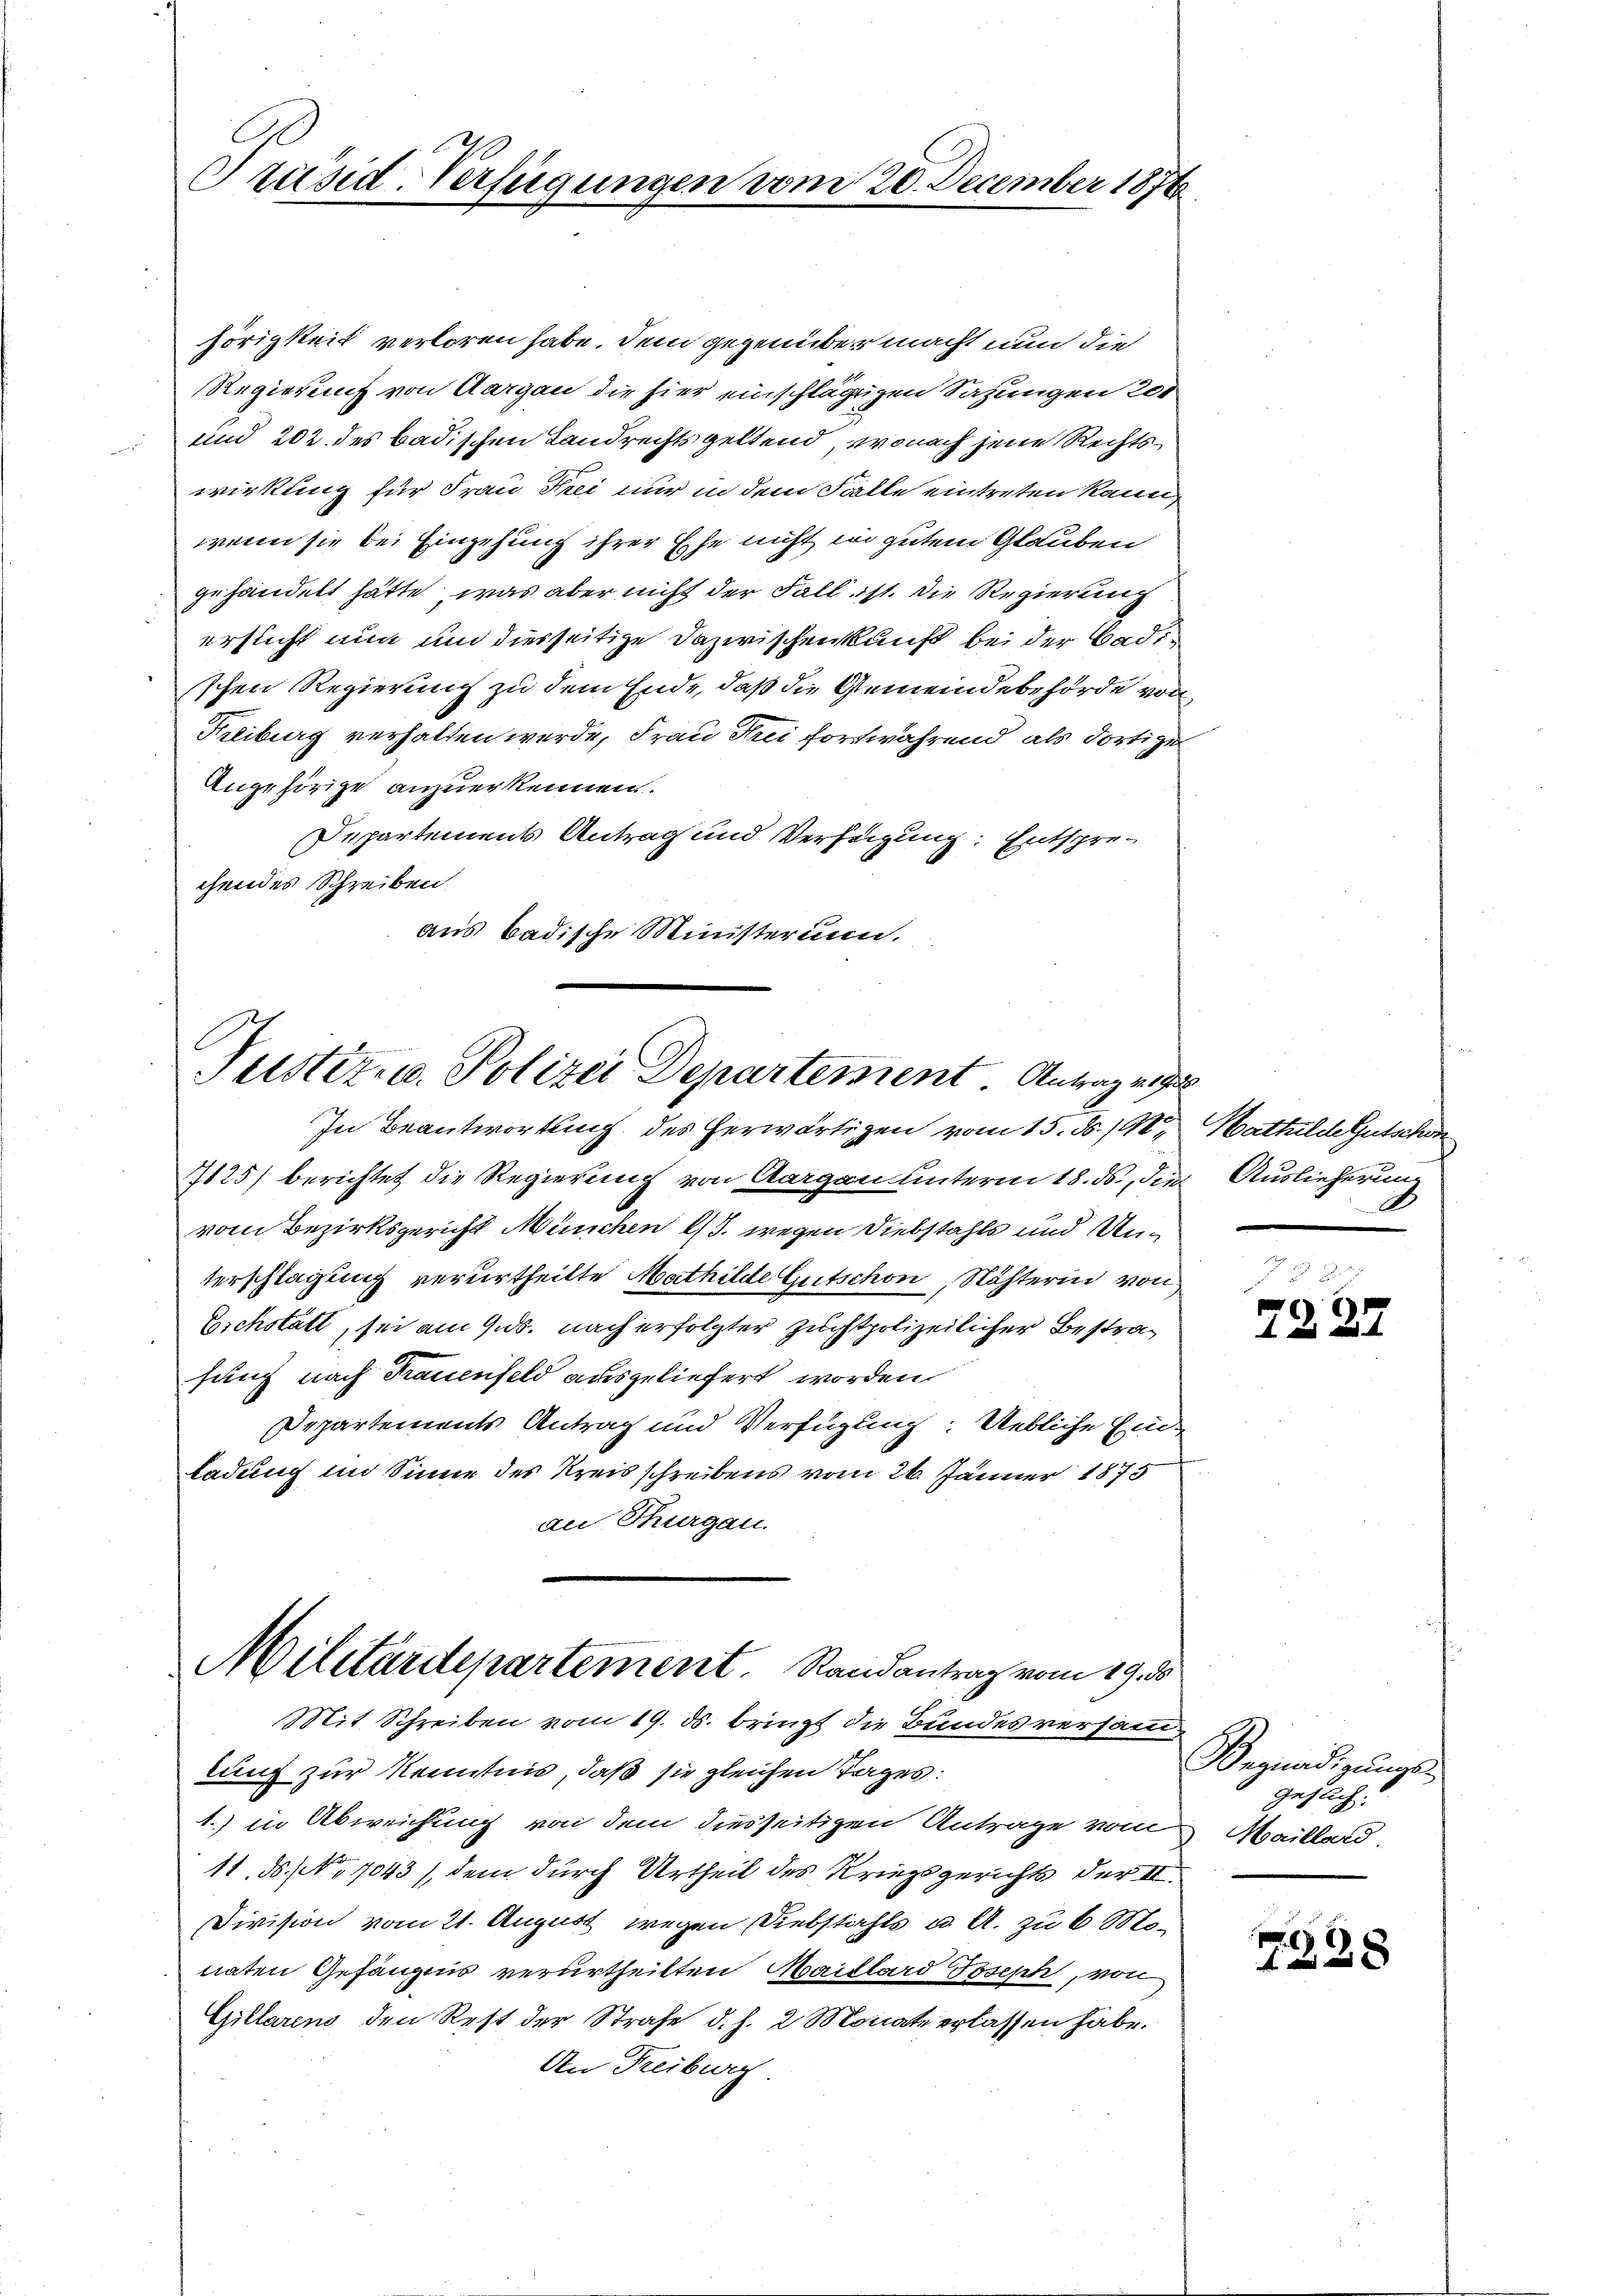
Präsid-Verfügungen von

hörigkeit verloren habe. Dem gegenüber macht nun die
Regierung von Aargau die hier einschlägigen Sahungen 200
und 202 des badischen Landrechts geltend, wonach jene Rechtswirkung für Frau Frei nur in dem Falle eintreten kann,
wenn sie bei Eingehung ihrer Ehe nicht in gutem Glauben
gehandelt hatte, was aber nicht der Fall ist. Die Regierung
ersicht nun und diesseitige Dazwischenkunft bei der Bade
schen Regierung zu dem Ende, daß die Gemeindebehörde von
1
Freiburg verhalten werde, Frau Frei fortwährend als dortige
Angehörige anzuerkennen.
Departements Antrag und Verzeigung. Entsprechendes Schreiben
aus badische Ministerium.

20. December 1872

Justiz- u. Polizei Departement Antrag ei

In Beantwortung des herwärtigen vom 15. ds. / M. Mathilde Gutschon
7125) berichtet die Regierung von Aargau unterm 18. ds., die Auslieferung
vom Bezirksgericht München l. wegen Diebstahls und Unterschlagung verurtheilte Mathilde Gutschon, Nächterin von
Eichstätt, sei am 9. ds. nach erfolgter Zuchtpolizeilicher Bestrafung nach Frauenfeld ausgeliefert worden.
Departements Antrag und Verfügung: Uebliche Einladung im Sinne des Kreisschreibens vom 26. Jänner 1875
an Thurgau.
Militärdepartement. Randantrag vom 19. d.
Mit Schreiben vom 19. ds. bringt die Bundesversammlung zur Kenntnis, daß sie gleichen Tages:
1.) in Abweichung von dem diesseitigen Antrage vom
11. ds. No 7043), dem durch Urtheil des Kriegsgerichts der 4.
Division vom 21. August wegen Diebstahls u. A. zu 6 Monaten Gefängnis verurtheilten Maillard Joseph, von
Gillarens den Rest der Strafe d. h. 2 Monate erlassen habe.
An Freiburg

d.

7221

Begnadigungs
geflich:
Haillard

T.338